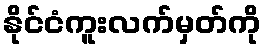
နိုင်ငံကူးလက်မှတ်ကို